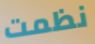
نظمت